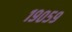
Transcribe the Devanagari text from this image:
१९०५९